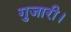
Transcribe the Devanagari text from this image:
गुजारी।